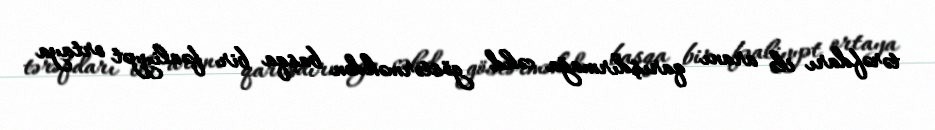
tərəfdarı ilə aranı qarışdırmağa cəhd göstərməkdən başqa bir fəaliyyət ortaya